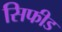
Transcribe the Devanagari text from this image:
सिफीड